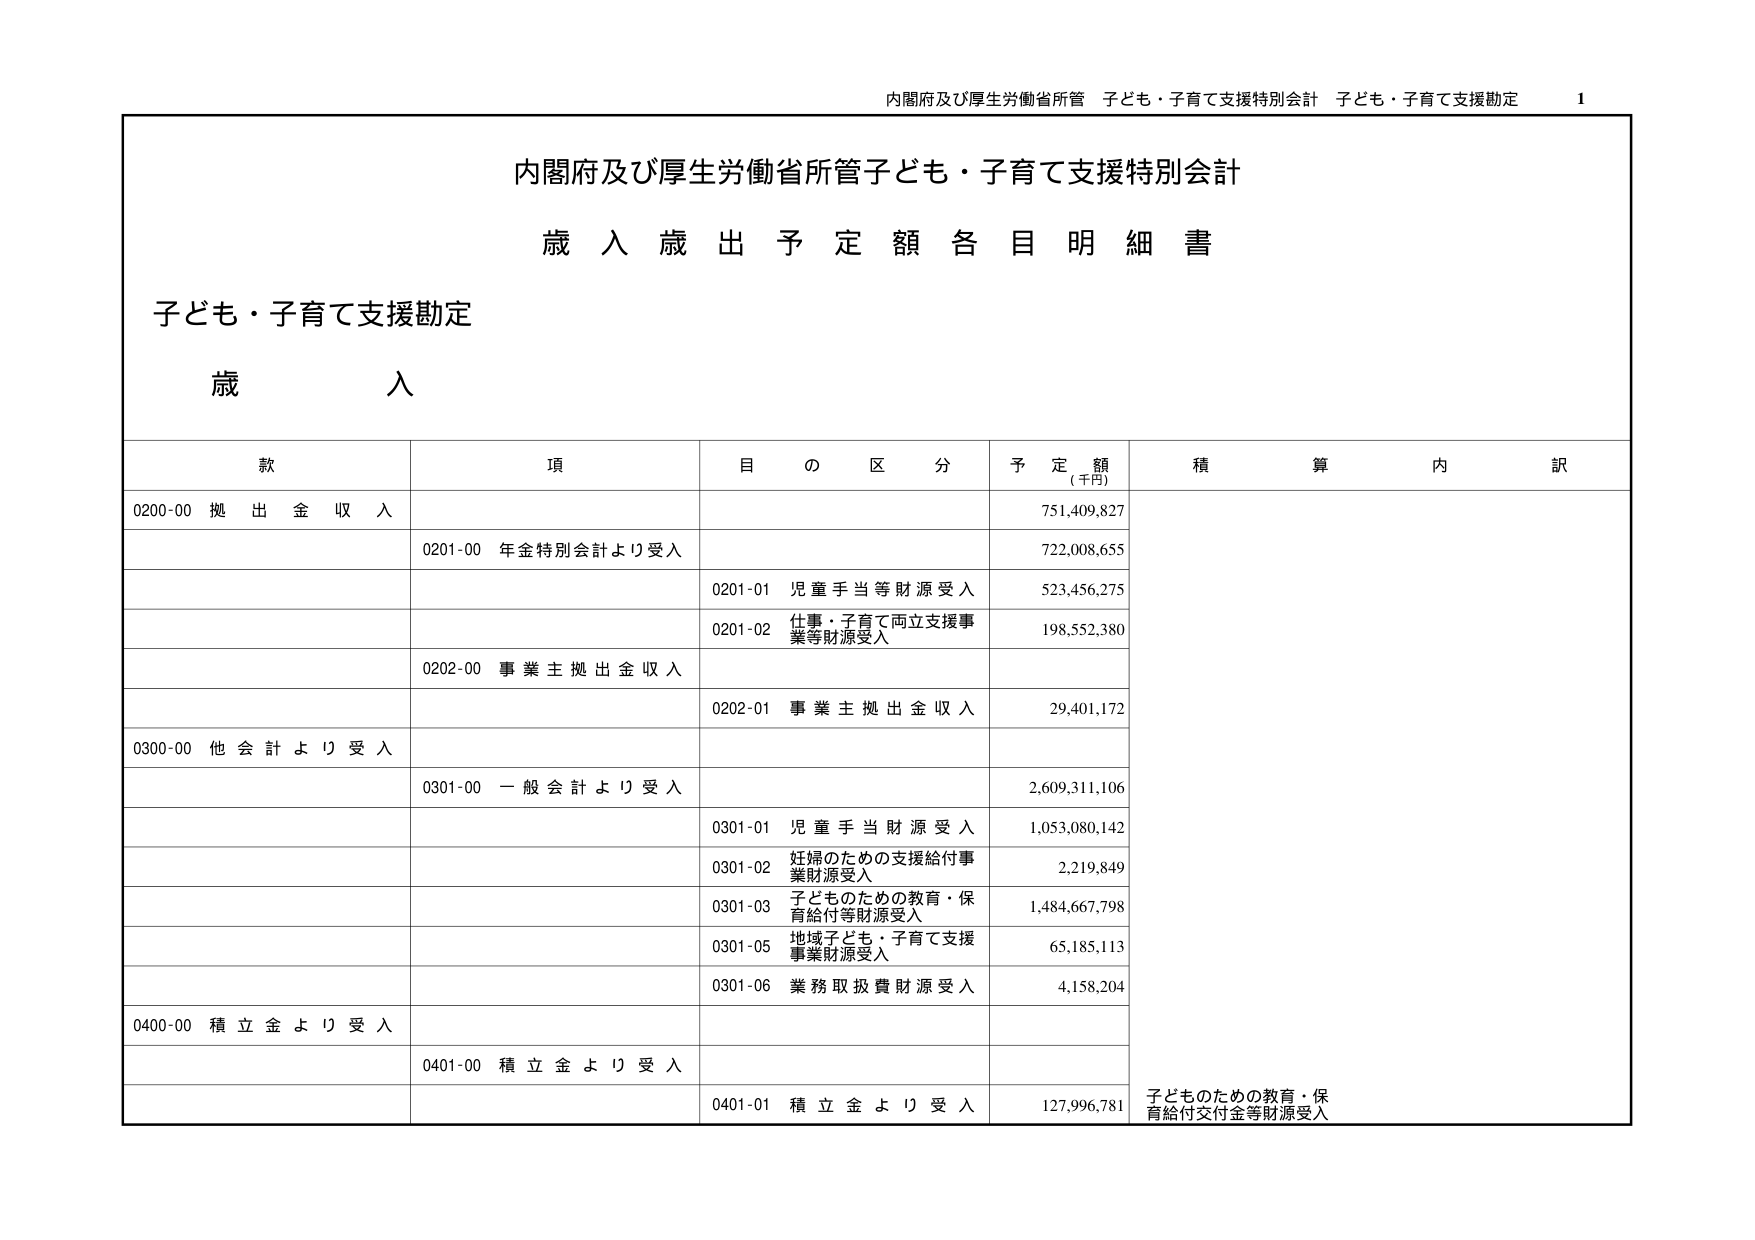
内閣府及び厚生労働省所管 子ども・子育て支援特別会計 子ども・子育て支援勘定 1

内閣府及び厚生労働省所管子ども・子育て支援特別会計
歳入歳出予定額各目明細書

子ども・子育て支援勘定
歳入

款 項 目の区分 予定額（千円） 積算内訳
0200-00 拠出金収入 751,409,827
 0201-00 年金特別会計より受入 722,008,655
  0201-01 児童手当等財源受入 523,456,275
  0201-02 仕事・子育て両立支援事業等財源受入 198,552,380
 0202-00 事業主拠出金収入
  0202-01 事業主拠出金収入 29,401,172
0300-00 他会計より受入
 0301-00 一般会計より受入 2,609,311,106
  0301-01 児童手当財源受入 1,053,080,142
  0301-02 妊婦のための支援給付事業財源受入 2,219,849
  0301-03 子どものための教育・保育給付等財源受入 1,484,667,798
  0301-05 地域子ども・子育て支援事業財源受入 65,185,113
  0301-06 業務取扱費財源受入 4,158,204
0400-00 積立金より受入
 0401-00 積立金より受入
  0401-01 積立金より受入 127,996,781 子どものための教育・保育給付交付金等財源受入